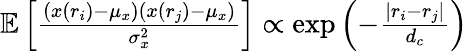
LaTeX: \begin{array}{r}{\mathbb{E}\left[\frac{(x(r_{i})-\mu_{x})(x(r_{j})-\mu_{x})}{\sigma_{x}^{2}}\right]\propto\exp\left({-\frac{|r_{i}-r_{j}|}{d_{c}}}\right)}\end{array}